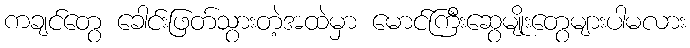
ကချင်တွေ ခေါင်းဖြတ်သွားတဲ့အထဲမှာ မောင်ကြီးဆွေမျိုးတွေများပါမလား